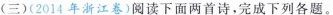
(三)(2014年浙江卷)阅读下面两首诗，完成下列各题。